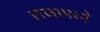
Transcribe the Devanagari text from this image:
राजामध्ये